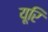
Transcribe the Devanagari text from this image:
यूरि